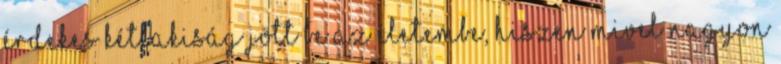
érdekes kétlakiság jött be az életembe, hiszen mivel nagyon